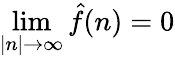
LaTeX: \operatorname*{lim}_{|n|\rightarrow\infty}{\hat{f}}(n)=0